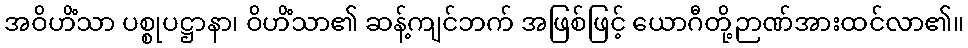
အဝိဟိံသာ ပစ္စုပဋ္ဌာနာ၊ ဝိဟိံသာ၏ ဆန့်ကျင်ဘက် အဖြစ်ဖြင့် ယောဂီတို့ဉာဏ်အားထင်လာ၏။